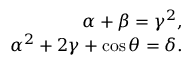
\begin{array} { r } { \alpha + \beta = \gamma ^ { 2 } , } \\ { \alpha ^ { 2 } + 2 \gamma + \cos \theta = \delta . } \end{array}